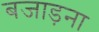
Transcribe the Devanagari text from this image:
बजाड़ना